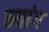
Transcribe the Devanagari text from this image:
न्यांग